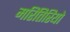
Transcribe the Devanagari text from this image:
मरितिरियो